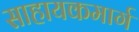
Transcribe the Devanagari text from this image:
साहायकमार्ग